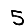
Digit: 5